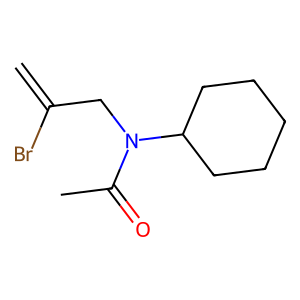
SMILES: C=C(Br)CN(C(C)=O)C1CCCCC1
Inhibits HIV replication: No